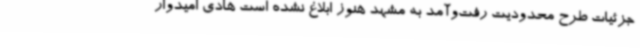
جزئیات طرح محدودیت رفت‌وآمد به مشهد هنوز ابلاغ نشده است هادی امیدوار